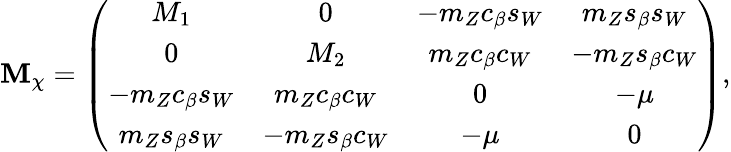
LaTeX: \mathbf{M}_{\chi}=\left(\begin{array}{cccc}{{M_{1}}}&{{0}}&{{-m_{Z}c_{\beta}s_{W}}}&{{m_{Z}s_{\beta}s_{W}}}\\ {{0}}&{{M_{2}}}&{{m_{Z}c_{\beta}c_{W}}}&{{-m_{Z}s_{\beta}c_{W}}}\\ {{-m_{Z}c_{\beta}s_{W}}}&{{m_{Z}c_{\beta}c_{W}}}&{{0}}&{{-\mu}}\\ {{m_{Z}s_{\beta}s_{W}}}&{{-m_{Z}s_{\beta}c_{W}}}&{{-\mu}}&{{0}}\end{array}\right),